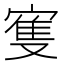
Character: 𱚐